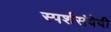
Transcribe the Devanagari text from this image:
स्पर्शसंवेदी